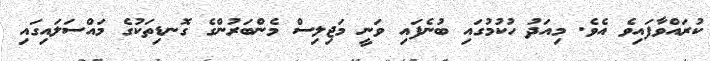
ކުރައްވާފައިވެ އެވެ. މިއަދު ހުކުމުގައި ބުނެފައި ވަނީ މަޖިލިސް މެންބަރުންގެ ގޮނޑިތަކުގެ މައްސަލައިގައި